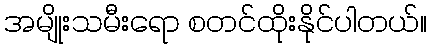
အမျိုးသမီးရော စတင်ထိုးနိုင်ပါတယ်။